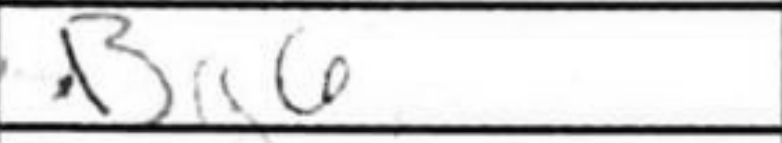
Transcription: Bg6